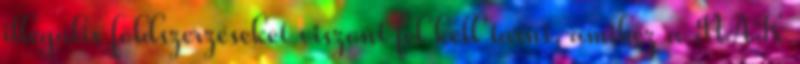
illegális földszerzéseket viszont fel kell tárni, amihez a NAK